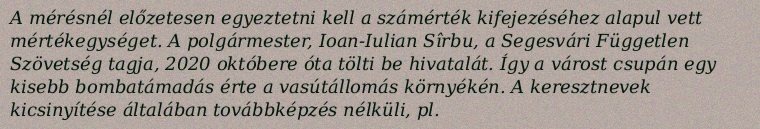
A mérésnél előzetesen egyeztetni kell a számérték kifejezéséhez alapul vett mértékegységet. A polgármester, Ioan-Iulian Sîrbu, a Segesvári Független Szövetség tagja, 2020 októbere óta tölti be hivatalát. Így a várost csupán egy kisebb bombatámadás érte a vasútállomás környékén. A keresztnevek kicsinyítése általában továbbképzés nélküli, pl.